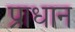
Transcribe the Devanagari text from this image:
प्राधान